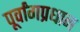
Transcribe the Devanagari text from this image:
पूर्वांगप्रधान